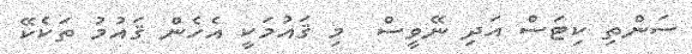
ސަންތި ކިޓަސް އަދި ނޭވީސް  މި ޤައުމަކީ އެހެން ޤައުމު ތަކެކޭ